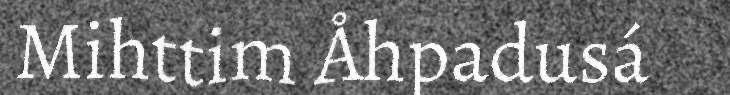
Mihttim Åhpadusá